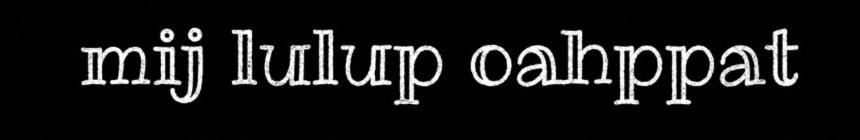
mij lulup oahppat